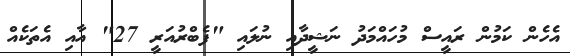
އެހެން ކަމުން ރައީސް މުހައްމަދު ނަޝީދާއި ނުލައި "ފެބްރުއަރީ 27" އާއި އެތަކެއް